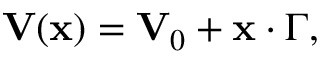
\mathbf { V ( x ) = V } _ { 0 } + \mathbf { x } \boldsymbol { \cdot } \boldsymbol { \Gamma } ,